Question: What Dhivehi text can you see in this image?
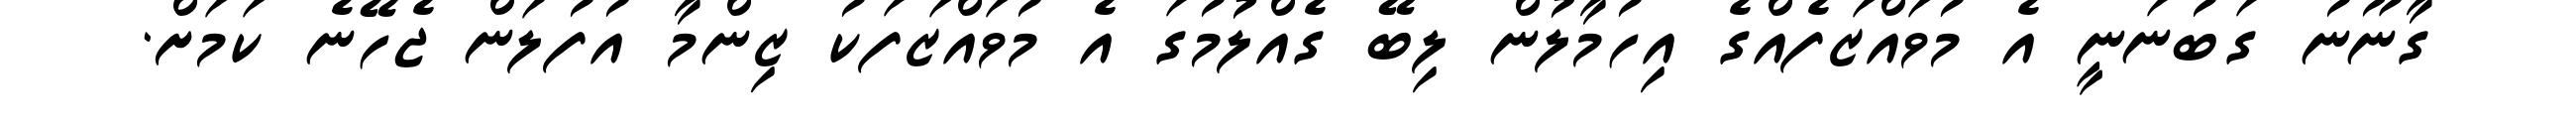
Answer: ގާނޫނު ގަބުނަނީ އެ މުވައްޒަފެއްގެ އިހުމާލުން ލިބޭ ގެއްލުމުގަ އެ މުވައްޒަފަކު ޒިންމާ އުފުލަން ޖެހޭނެ ކަމަށް.